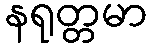
နရုတ္တမာ